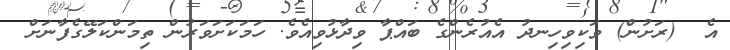
އެ  (ރަށުން) ވަކިވިހިނދު އެއުރެންގެ ބައްޕާ ވިދާޅުވިއެވެ. ހަމަކަށަވަރުން ތިމަންކަލޭގެފާނަށް